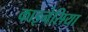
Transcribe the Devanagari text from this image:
काइनेसिया